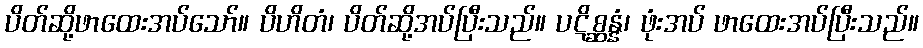
ပိတ်ဆို့ဖာထေးအပ်သော်။ ပိဟိတံ၊ ပိတ်ဆို့အပ်ပြီးသည်။ ပဋိစ္ဆန္နံ၊ ဖုံးအပ် ဖာထေးအပ်ပြီးသည်။